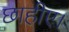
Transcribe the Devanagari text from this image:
छाहीए।